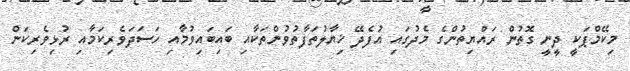
މިކޭމްޕަކީ ދީނީ ގޮތުން ރައްޔިތުންގެ މެދުގައި އުފެދޭ ޚިޔާލުތަފާތުވުންތަކާއި ބައިބައިވުމާއި ހަސަދަވެރިކަމާއި ރުޅިވެރިކަން